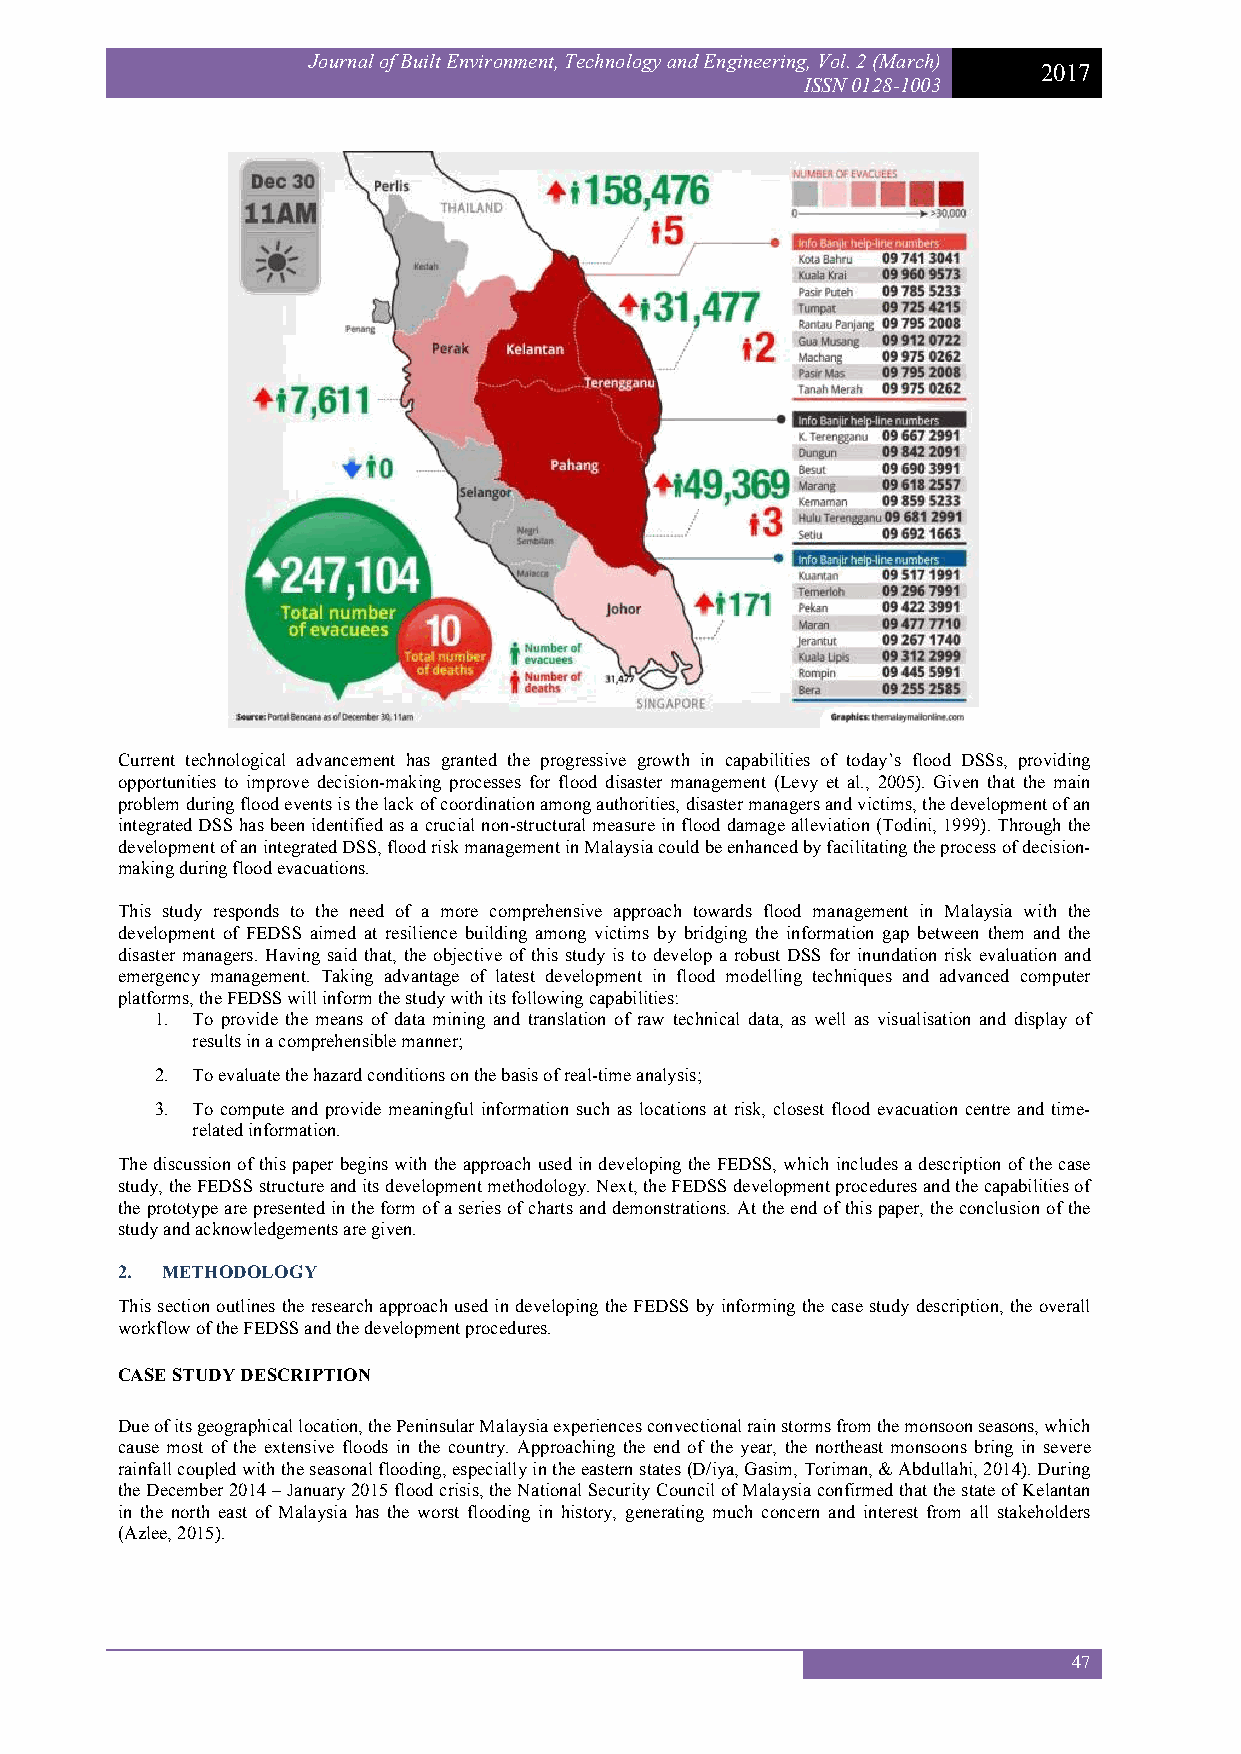
Journal of Built Environment, Technology and Engineering, Vol. 2 (March)
 2017
 ISSN 0128-1003
 Current technological advancement has granted the progressive growth in capabilities of today’s flood DSSs, providing
 opportunities to improve decision-making processes for flood disaster management (Levy et al., 2005). Given that the main
 problem during flood events is the lack of coordination among authorities, disaster managers and victims, the development of an
 integrated DSS has been identified as a crucial non-structural measure in flood damage alleviation (Todini, 1999). Through the
 development of an integrated DSS, flood risk management in Malaysia could be enhanced by facilitating the process of decision-
 making during flood evacuations.
 This study responds to the need of a more comprehensive approach towards flood management in Malaysia with the
 development of FEDSS aimed at resilience building among victims by bridging the information gap between them and the
 disaster managers. Having said that, the objective of this study is to develop a robust DSS for inundation risk evaluation and
 emergency management. Taking advantage of latest development in flood modelling techniques and advanced computer
 platforms, the FEDSS will inform the study with its following capabilities:
 1. To provide the means of data mining and translation of raw technical data, as well as visualisation and display of
 results in a comprehensible manner;
 2. To evaluate the hazard conditions on the basis of real-time analysis;
 3. To compute and provide meaningful information such as locations at risk, closest flood evacuation centre and time-
 related information.
 The discussion of this paper begins with the approach used in developing the FEDSS, which includes a description of the case
 study, the FEDSS structure and its development methodology. Next, the FEDSS development procedures and the capabilities of
 the prototype are presented in the form of a series of charts and demonstrations. At the end of this paper, the conclusion of the
 study and acknowledgements are given.
 2. METHODOLOGY
 This section outlines the research approach used in developing the FEDSS by informing the case study description, the overall
 workflow of the FEDSS and the development procedures.
 CASE STUDY DESCRIPTION
 Due of its geographical location, the Peninsular Malaysia experiences convectional rain storms from the monsoon seasons, which
 cause most of the extensive floods in the country. Approaching the end of the year, the northeast monsoons bring in severe
 rainfall coupled with the seasonal flooding, especially in the eastern states (D/iya, Gasim, Toriman, & Abdullahi, 2014). During
 the December 2014 – January 2015 flood crisis, the National Security Council of Malaysia confirmed that the state of Kelantan
 in the north east of Malaysia has the worst flooding in history, generating much concern and interest from all stakeholders
 (Azlee, 2015).
 47